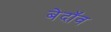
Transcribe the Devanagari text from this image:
बेदॉव